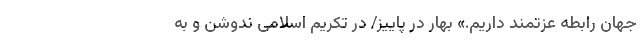
جهان رابطه عزتمند داریم.» بهار در پاییز/ در تکریم اسلامی ندوشن و به